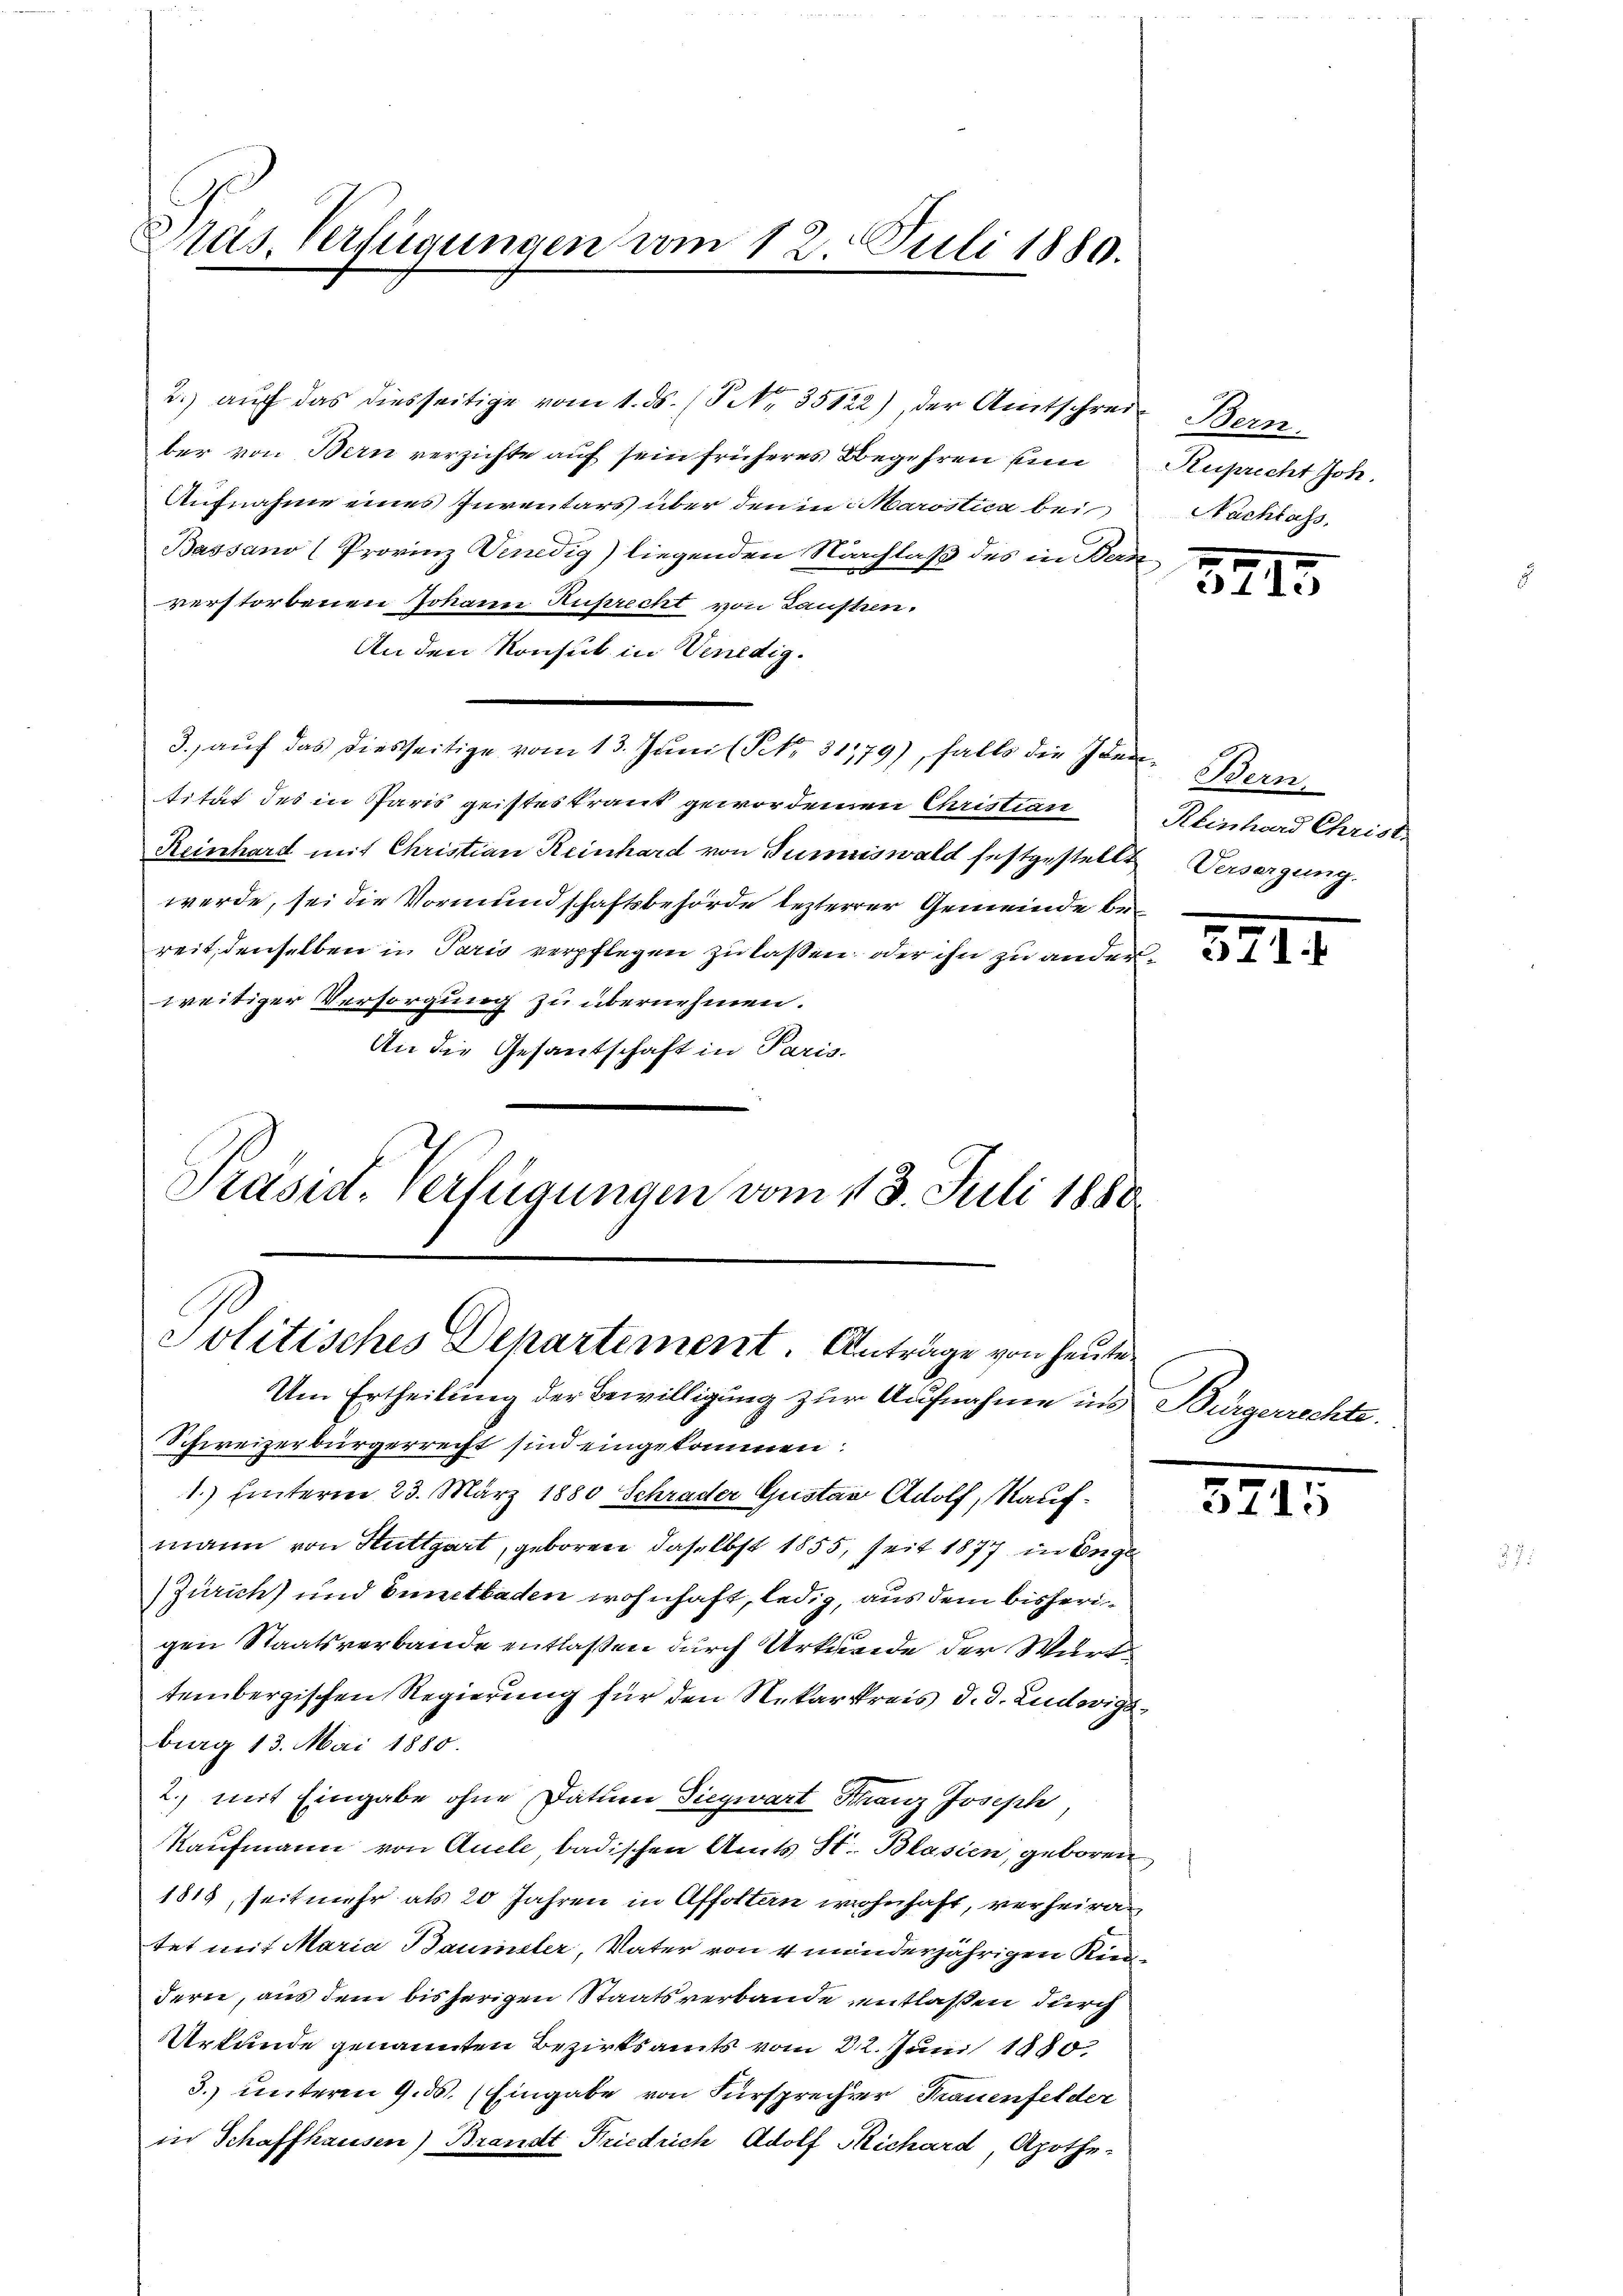
Präs. Verfügungen vom 12. Juli 1880.

2.) auf das diesseitige vom 1. ds. (T Nr. 35122), der Amtschreie Bern.
ber von Bern verzichte auf sein früheres Begehren un
Aufnahme eines Inventars über den in Marostica bei
Bassano (Provinz Venedig) liegenden Nachlaß des in Beraverstorbenen Johann Ruprecht von Laufen,
An den Konsul in Venedig¬
3. auf das diesseitige vom 13. Juni (NNo. 31179), falls die Iden Bern,
tität des in Paris geistes traut gewordenen Christian
Reinhard mit Christian Reinhard von Summiswald festgestellt. Versorgung.
werde, sei die Vormundschaftsbehörde lezterer Gemeinde bereit, denselben in Paris verpflegen zu lassen, oder ihn zu anderweitiger Versorgung zu übernehmen.
An die Gesantschaft in Paris
Präsid. Verfügungen vom 13. Juli 1888.

Politisches Departement. Anträge von heute

Um Ertheilung der Bewilligung zur Aufnahme ins Bürgerrechte.
Schweizerbürgerrecht sind eingekommen:
1.) hinterm 23. März 1880 Schrader Gustav Adolf, Kaufmann von Stuttgart, geboren, daselbst 1855, seit 1877 in Enge¬
Zürich) und Ennetbaden wohnhaft, ledig, aus dem bisherigen Staatsverbande entlaßen durch Urkunde der Wurt
tembergischen Regierung für den Nekarkreis d. d. Ludwigsburg 13. Mai 1880.
2. mit Eingabe ohne Datum Siegwart Franz Joseph,
Kaufmann von Auele, badischen Amts St. Blasien, geboren
1819, seit mehr als 20 Jahren in Affolten wohnhaft, verheiratet mit Maria Baumeler, Vater von 4 minderjährigen Rieddern, aus dem bisherigen Staatsverbande entlaßen durch
Urkunde genannten Bezirksamts vom 22. Juni 1880.
3. unterm 9. ds. Eingabe von Fürsprecher Frauenfelder
in Schaffhausen) Brandt Friedrich Adolf Michard, Apothe¬

Ruprecht Joh.
Nachlass

3295

Reinhard Christ.

327

571

5